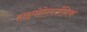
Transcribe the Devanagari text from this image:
हाइपोऐलर्जनिक